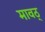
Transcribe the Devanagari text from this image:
मावठ्